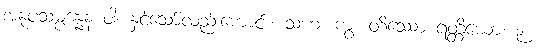
အနုပသမ္ပန္နေန ဝါ၊ နှင့်သော်လည်းကောင်း။ သဟ၊ ကွ။ တိဿော ရတ္တိယော၊ ၃